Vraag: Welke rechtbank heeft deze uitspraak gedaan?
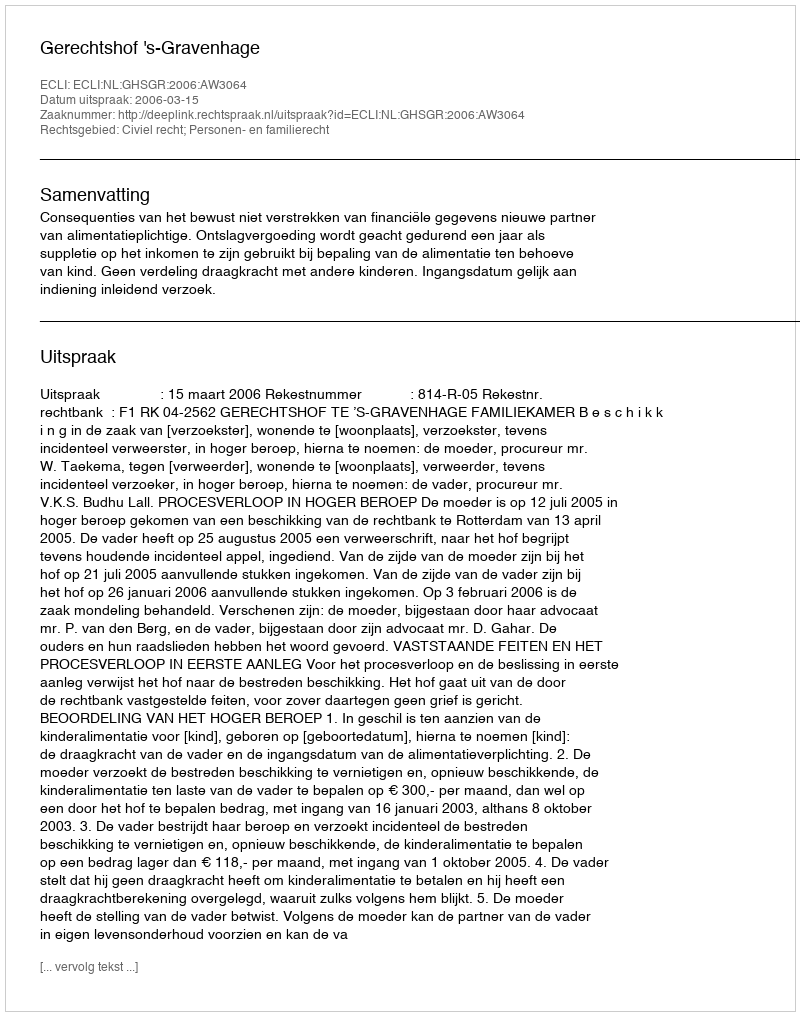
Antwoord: Gerechtshof 's-Gravenhage